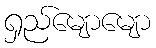
ရှည်မျောမျော